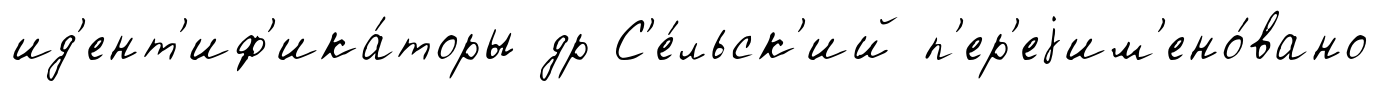
ид'ент'иф'ика́торы др С'е́льск'ий п'ер'еjим'ено́вано